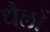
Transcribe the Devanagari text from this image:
धैलों